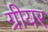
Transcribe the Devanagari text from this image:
ग्रीयर